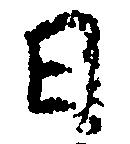
日